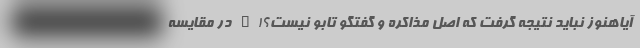
آیاهنوز نباید نتیجه گرفت که اصلِ مذاکره و گفتگو تابو نیست؟!" در مقایسه